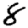
Digit: 8